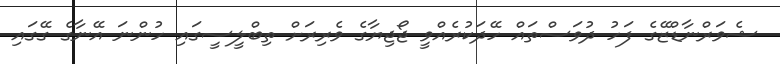
ޝެވަރްނާޑްޒޭގެ ފަހު ދުވަސްތައް ހޭދަކުރެއްވީ ޖޯޖިޔާގެ ވެރިރަށް ތިބްލީސީގައި ހުންނަ އޭނާގެ ގޭގައި